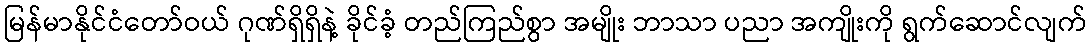
မြန်မာနိုင်ငံတော်ဝယ် ဂုဏ်ရှိရှိနဲ့ ခိုင်ခံ့ တည်ကြည်စွာ အမျိုး ဘာသာ ပညာ အကျိုးကို ရွက်ဆောင်လျက်